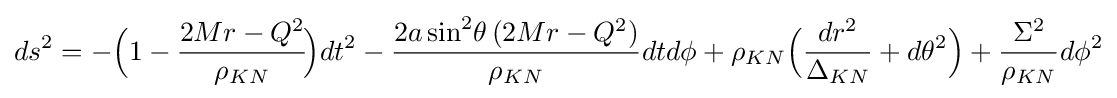
ds^{2}=-{\Big (}1-{\frac {2Mr-Q^{2}}{\rho _{KN}}}\!{\Big )}dt^{2}-{\frac {2a\sin ^{2}\!\theta \,(2Mr-Q^{2})}{\rho _{KN}}}dtd\phi +\rho _{KN}{\Big (}{\frac {dr^{2}}{\Delta _{KN}}}+d\theta ^{2}{\Big )}+{\frac {\Sigma ^{2}}{\rho _{KN}}}d\phi ^{2}